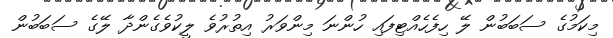
މިކަމުގެ ސަބަބުން ލޭ ހިފެހެއްޓިފައި ހުންނަ މިންވަރު އިތުރުވެ ލީކުވެގެންދާ ލޭގެ ސަބަބުން